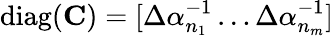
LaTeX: \mathrm{diag}(\mathbf{C})=[\Delta\alpha_{n_{1}}^{-1}\dots\Delta\alpha_{n_{m}}^{-1}]